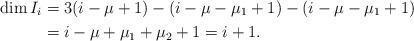
LaTeX: \begin{align*}\dim I_i &= 3(i-\mu+1) - (i-\mu-\mu_1+1) - (i-\mu-\mu_1 +1) \\&=i - \mu + \mu_1+\mu_2 + 1 = i+1.\end{align*}